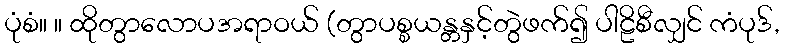
ပုံစံ။ ။ ထိုတွာလောပအရာဝယ် (တွာပစ္စယန္တနှင့်တွဲဖက်၍ ပါဠိစီလျှင် ကံပုဒ်,